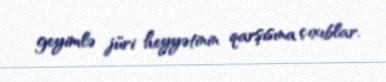
geyimlə jüri heyyətinin qarşısına çıxıblar.